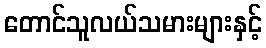
တောင်သူလယ်သမားများနှင့်